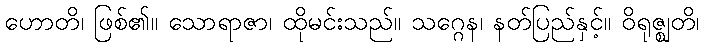
ဟောတိ၊ ဖြစ်၏။ သောရာဇာ၊ ထိုမင်းသည်။ သဂ္ဂေန၊ နတ်ပြည်နှင့်။ ဝိရုဇ္ဈတိ၊